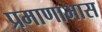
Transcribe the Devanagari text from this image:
प्रमाणाभास